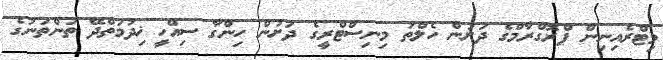
މިޓްރެއިނިން ޕްރޮގްރާމްގެ ދަށުން ހެލްތު މިނިސްޓްރީގެ ދަށުން ހިންގާ ސިއްހީ ޚިދުމަތްދޭ ތަންތަނުގެ